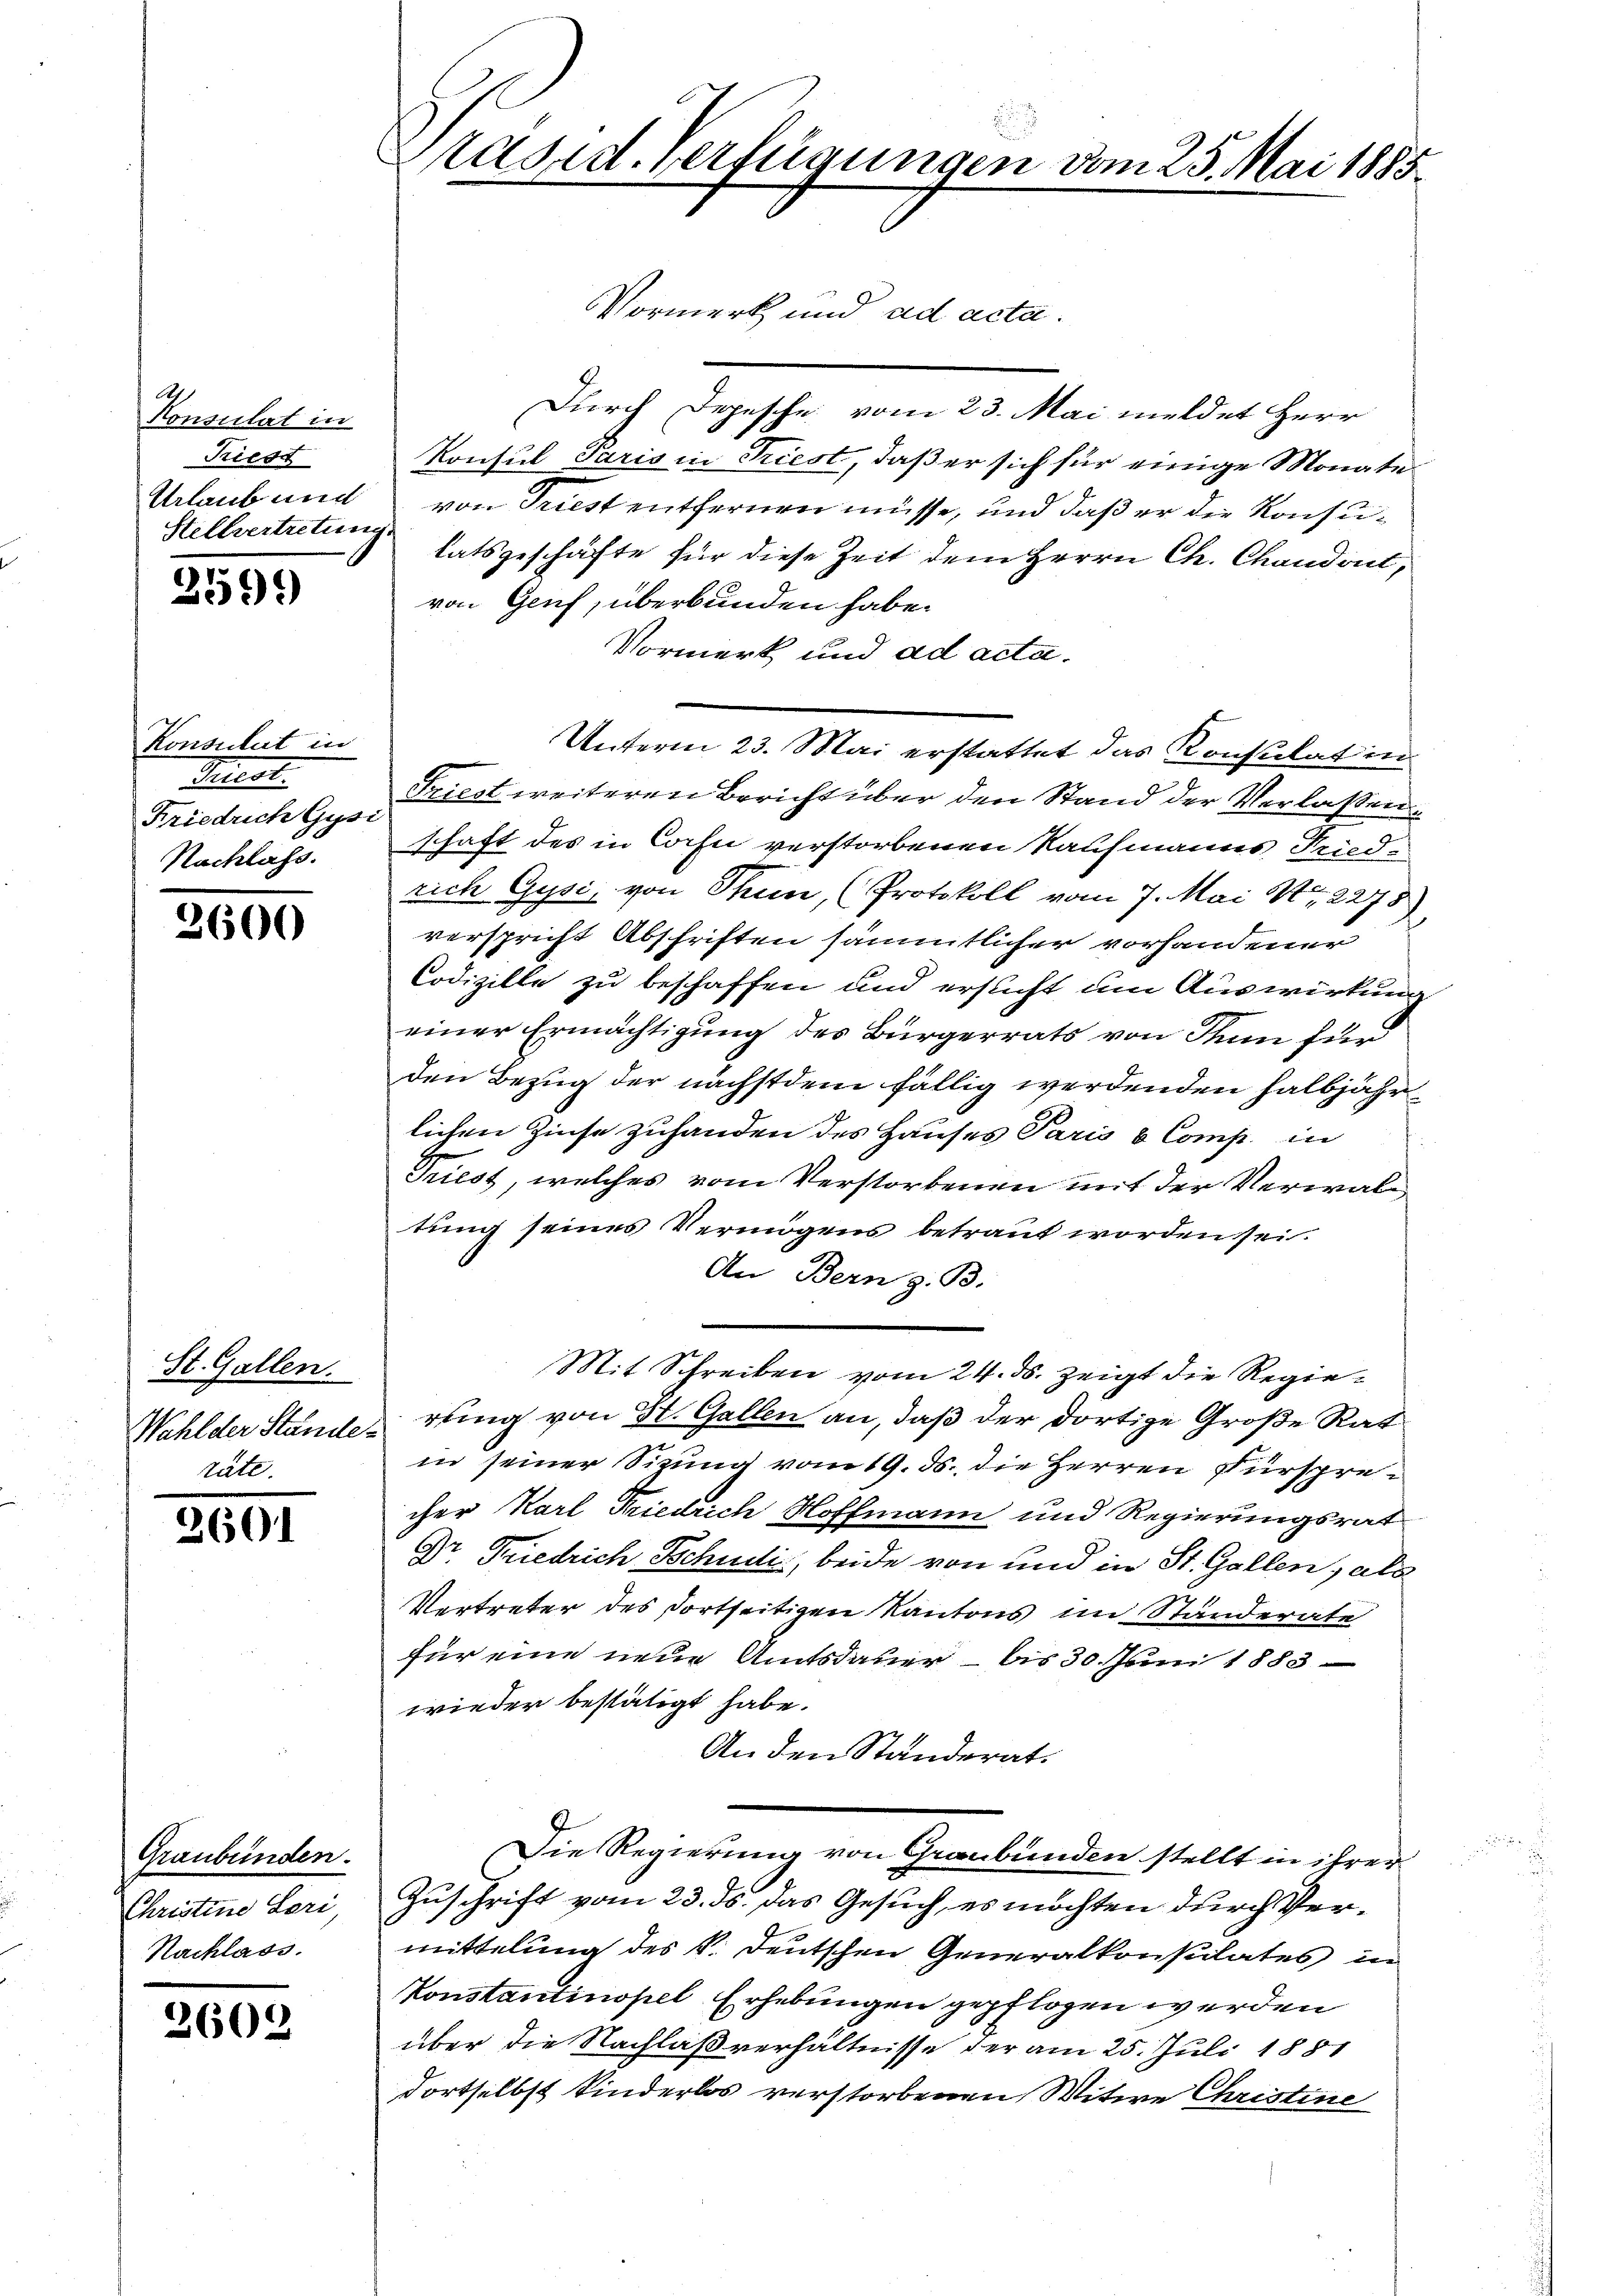
Konsulat in
Riese
Urlaub und
Stellvertretunge

2599)

Konsulat in
Triest.
Friedrich Gysi
Nachlass.

3600

St. Gallen.
räte.

2601

Graubünden.
Christine Lori,
Nachlass.

2602

Präsid. Verfügungen vom 25. Mai 1885.
Vormerk und ad acta.

Durch Depesche vom 23. Mai meldet Herr
Konsul Paris in Triest, daß er sich für einige Monate
von Triest entfernen müsse, und daß er die Konsulatsgeschäfte für diese Zeit dem Herrn Ch. Chandent,
von Genf, überbunden habe.
Vormerk und ad acta.
Unterm 23. Mai erstattet das Konsulat in
Friest weiteren Bericht über den Stand der Verlassen
schaft des in Corsi verstorbenen Kaufmanns Friedrich Gysi, von Thun, (Protokoll vom 7. Mai Nr. 2275),
verspricht Abschriften sämmtlicher vorhandener
Codizille zu beschaffen und ersucht um Auswirkung
einer Ermächtigung des Bürgerrats von Tun für
den Bezug der nächstdem fällig werdenden halbjährlichen Zinse zuhanden des Hauses Paris & Comp. in
Triest, welches vom Verstorbenen mit der Verwaltung seines Vermögens betraut worden sei.
An Bern z. B.
Mit Schreiben vom 24. ds. zeigt die Regie¬
Wahlder Standerung von St. Gallen an, daß der dortige Große Rat
in seiner Sitzung vom 19. ds. die Herren Fürsprecher Karl Friedrich Hoffmann und Regierungsrat
Dr. Friedrich Schneli, beide von und in St. Gallen, als
Vertreter des dortseitigen Kantons im Ständerate
für eine neue Amtsdauer – bis 30. Juni 1883
wieder bestätigt habe.
An den Standerat.
Die Regierung von Graubünden stellt in ihrer
Zuschrift vom 23. ds. das Gesuch, es möchten durch Vermittelung des V. Deutschen Generalkonsulates in
Konstantinopel Erhebungen gepflogen werden
über die Nachlaßverhältnisse der am 25. Juli 1881
dortselbst kinderlos verstorbenen Witwe Christine